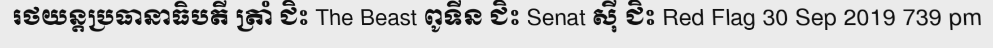
រថយន្តប្រធានាធិបតី ត្រាំ ជិះ The Beast ពូទីន ជិះ Senat ស៊ី ជិះ Red Flag 30 Sep 2019 739 pm